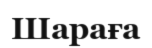
Шараға